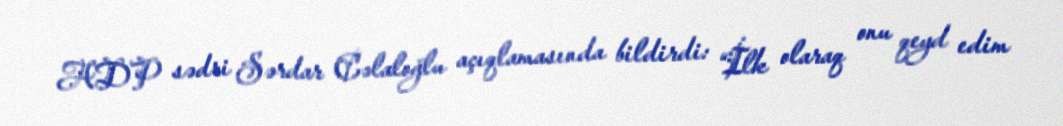
ADP sədri Sərdar Cəlaloğlu açıqlamasında bildirdi: “İlk olaraq onu qeyd edim